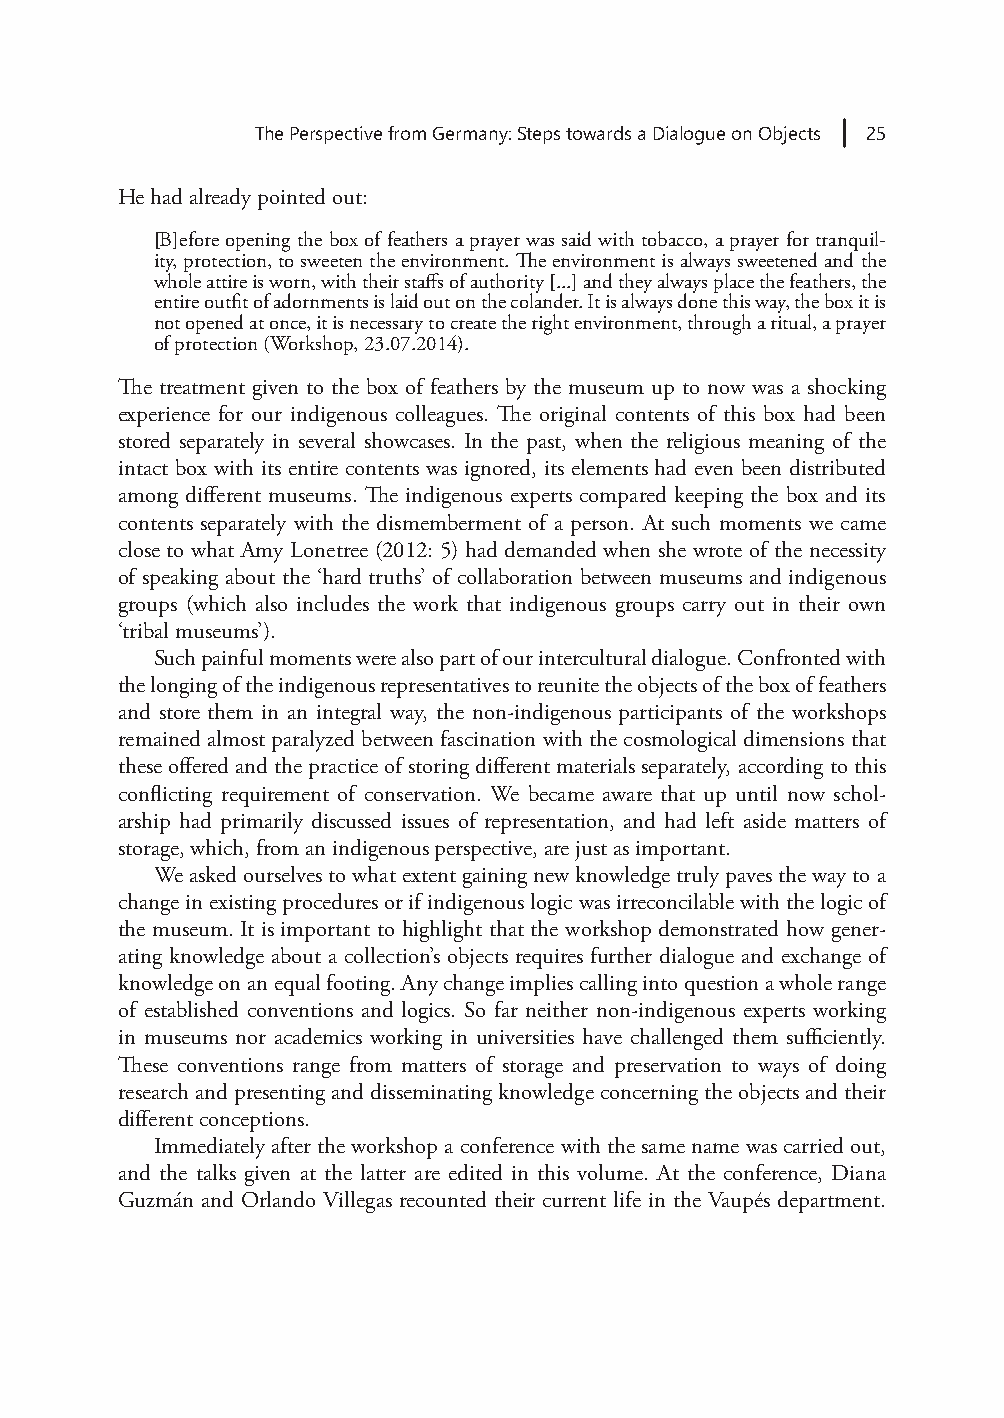
The Perspective from Germany: Steps towards a Dialogue on Objects 25
 He had already pointed out:
 [B]efore opening the box of feathers a prayer was said with tobacco, a prayer for tranquil-
 ity, protection, to sweeten the environment. The environment is always sweetened and the
 whole attire is worn, with their staffs of authority [...] and they always place the feathers, the
 entire outfit of adornments is laid out on the colander. It is always done this way, the box it is
 not opened at once, it is necessary to create the right environment, through a ritual, a prayer
 of protection (Workshop, 23.07.2014).
 The treatment given to the box of feathers by the museum up to now was a shocking
 experience for our indigenous colleagues. The original contents of this box had been
 stored separately in several showcases. In the past, when the religious meaning of the
 intact box with its entire contents was ignored, its elements had even been distributed
 among different museums. The indigenous experts compared keeping the box and its
 contents separately with the dismemberment of a person. At such moments we came
 close to what Amy Lonetree (2012: 5) had demanded when she wrote of the necessity
 of speaking about the ‘hard truths’ of collaboration between museums and indigenous
 groups (which also includes the work that indigenous groups carry out in their own
 ‘tribal museums’).
 Such painful moments were also part of our intercultural dialogue. Confronted with
 the longing of the indigenous representatives to reunite the objects of the box of feathers
 and store them in an integral way, the non-indigenous participants of the workshops
 remained almost paralyzed between fascination with the cosmological dimensions that
 these offered and the practice of storing different materials separately, according to this
 conflicting requirement of conservation. We became aware that up until now schol-
 arship had primarily discussed issues of representation, and had left aside matters of
 storage, which, from an indigenous perspective, are just as important.
 We asked ourselves to what extent gaining new knowledge truly paves the way to a
 change in existing procedures or if indigenous logic was irreconcilable with the logic of
 the museum. It is important to highlight that the workshop demonstrated how gener-
 ating knowledge about a collection’s objects requires further dialogue and exchange of
 knowledge on an equal footing. Any change implies calling into question a whole range
 of established conventions and logics. So far neither non-indigenous experts working
 in museums nor academics working in universities have challenged them sufficiently.
 These conventions range from matters of storage and preservation to ways of doing
 research and presenting and disseminating knowledge concerning the objects and their
 different conceptions.
 Immediately after the workshop a conference with the same name was carried out,
 and the talks given at the latter are edited in this volume. At the conference, Diana
 Guzmán and Orlando Villegas recounted their current life in the Vaupés department.